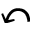
\curvearrowleft